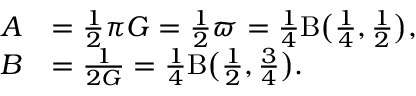
{ \begin{array} { r l } { A } & { = { \frac { 1 } { 2 } } \pi G = { \frac { 1 } { 2 } } \varpi = { \frac { 1 } { 4 } } \mathrm { B } { \bigl ( } { \frac { 1 } { 4 } } , { \frac { 1 } { 2 } } { \bigr ) } , } \\ { B } & { = { \frac { 1 } { 2 G } } = { \frac { 1 } { 4 } } \mathrm { B } { \bigl ( } { \frac { 1 } { 2 } } , { \frac { 3 } { 4 } } { \bigr ) } . } \end{array} }